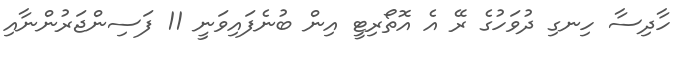
ހާދިސާ ހިނގި ދުވަހުގެ ރޭ އެ އޮތޯރިޓީ އިން ބުނެފައިވަނީ 11 ފަސިންޖަރުންނާއި